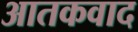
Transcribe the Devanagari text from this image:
आतकवाद